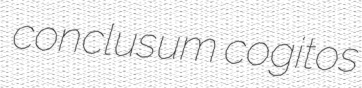
conclusum cogitos